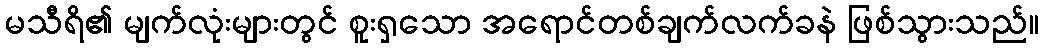
မသီရိ၏ မျက်လုံးများတွင် စူးရှသော အရောင်တစ်ချက်လက်ခနဲ ဖြစ်သွားသည်။